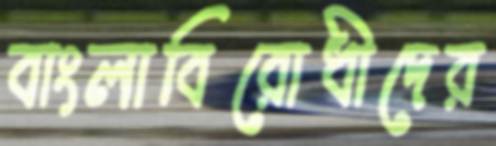
বাংলাবিরোধীদের